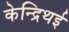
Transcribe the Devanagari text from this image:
केन्द्रिथई